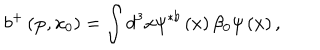
b ^ { + } \left( { \bf p } , x _ { 0 } \right) = \int d ^ { 3 } x \psi ^ { \ast b } \left( x \right) \beta _ { 0 } \psi \left( x \right) ,